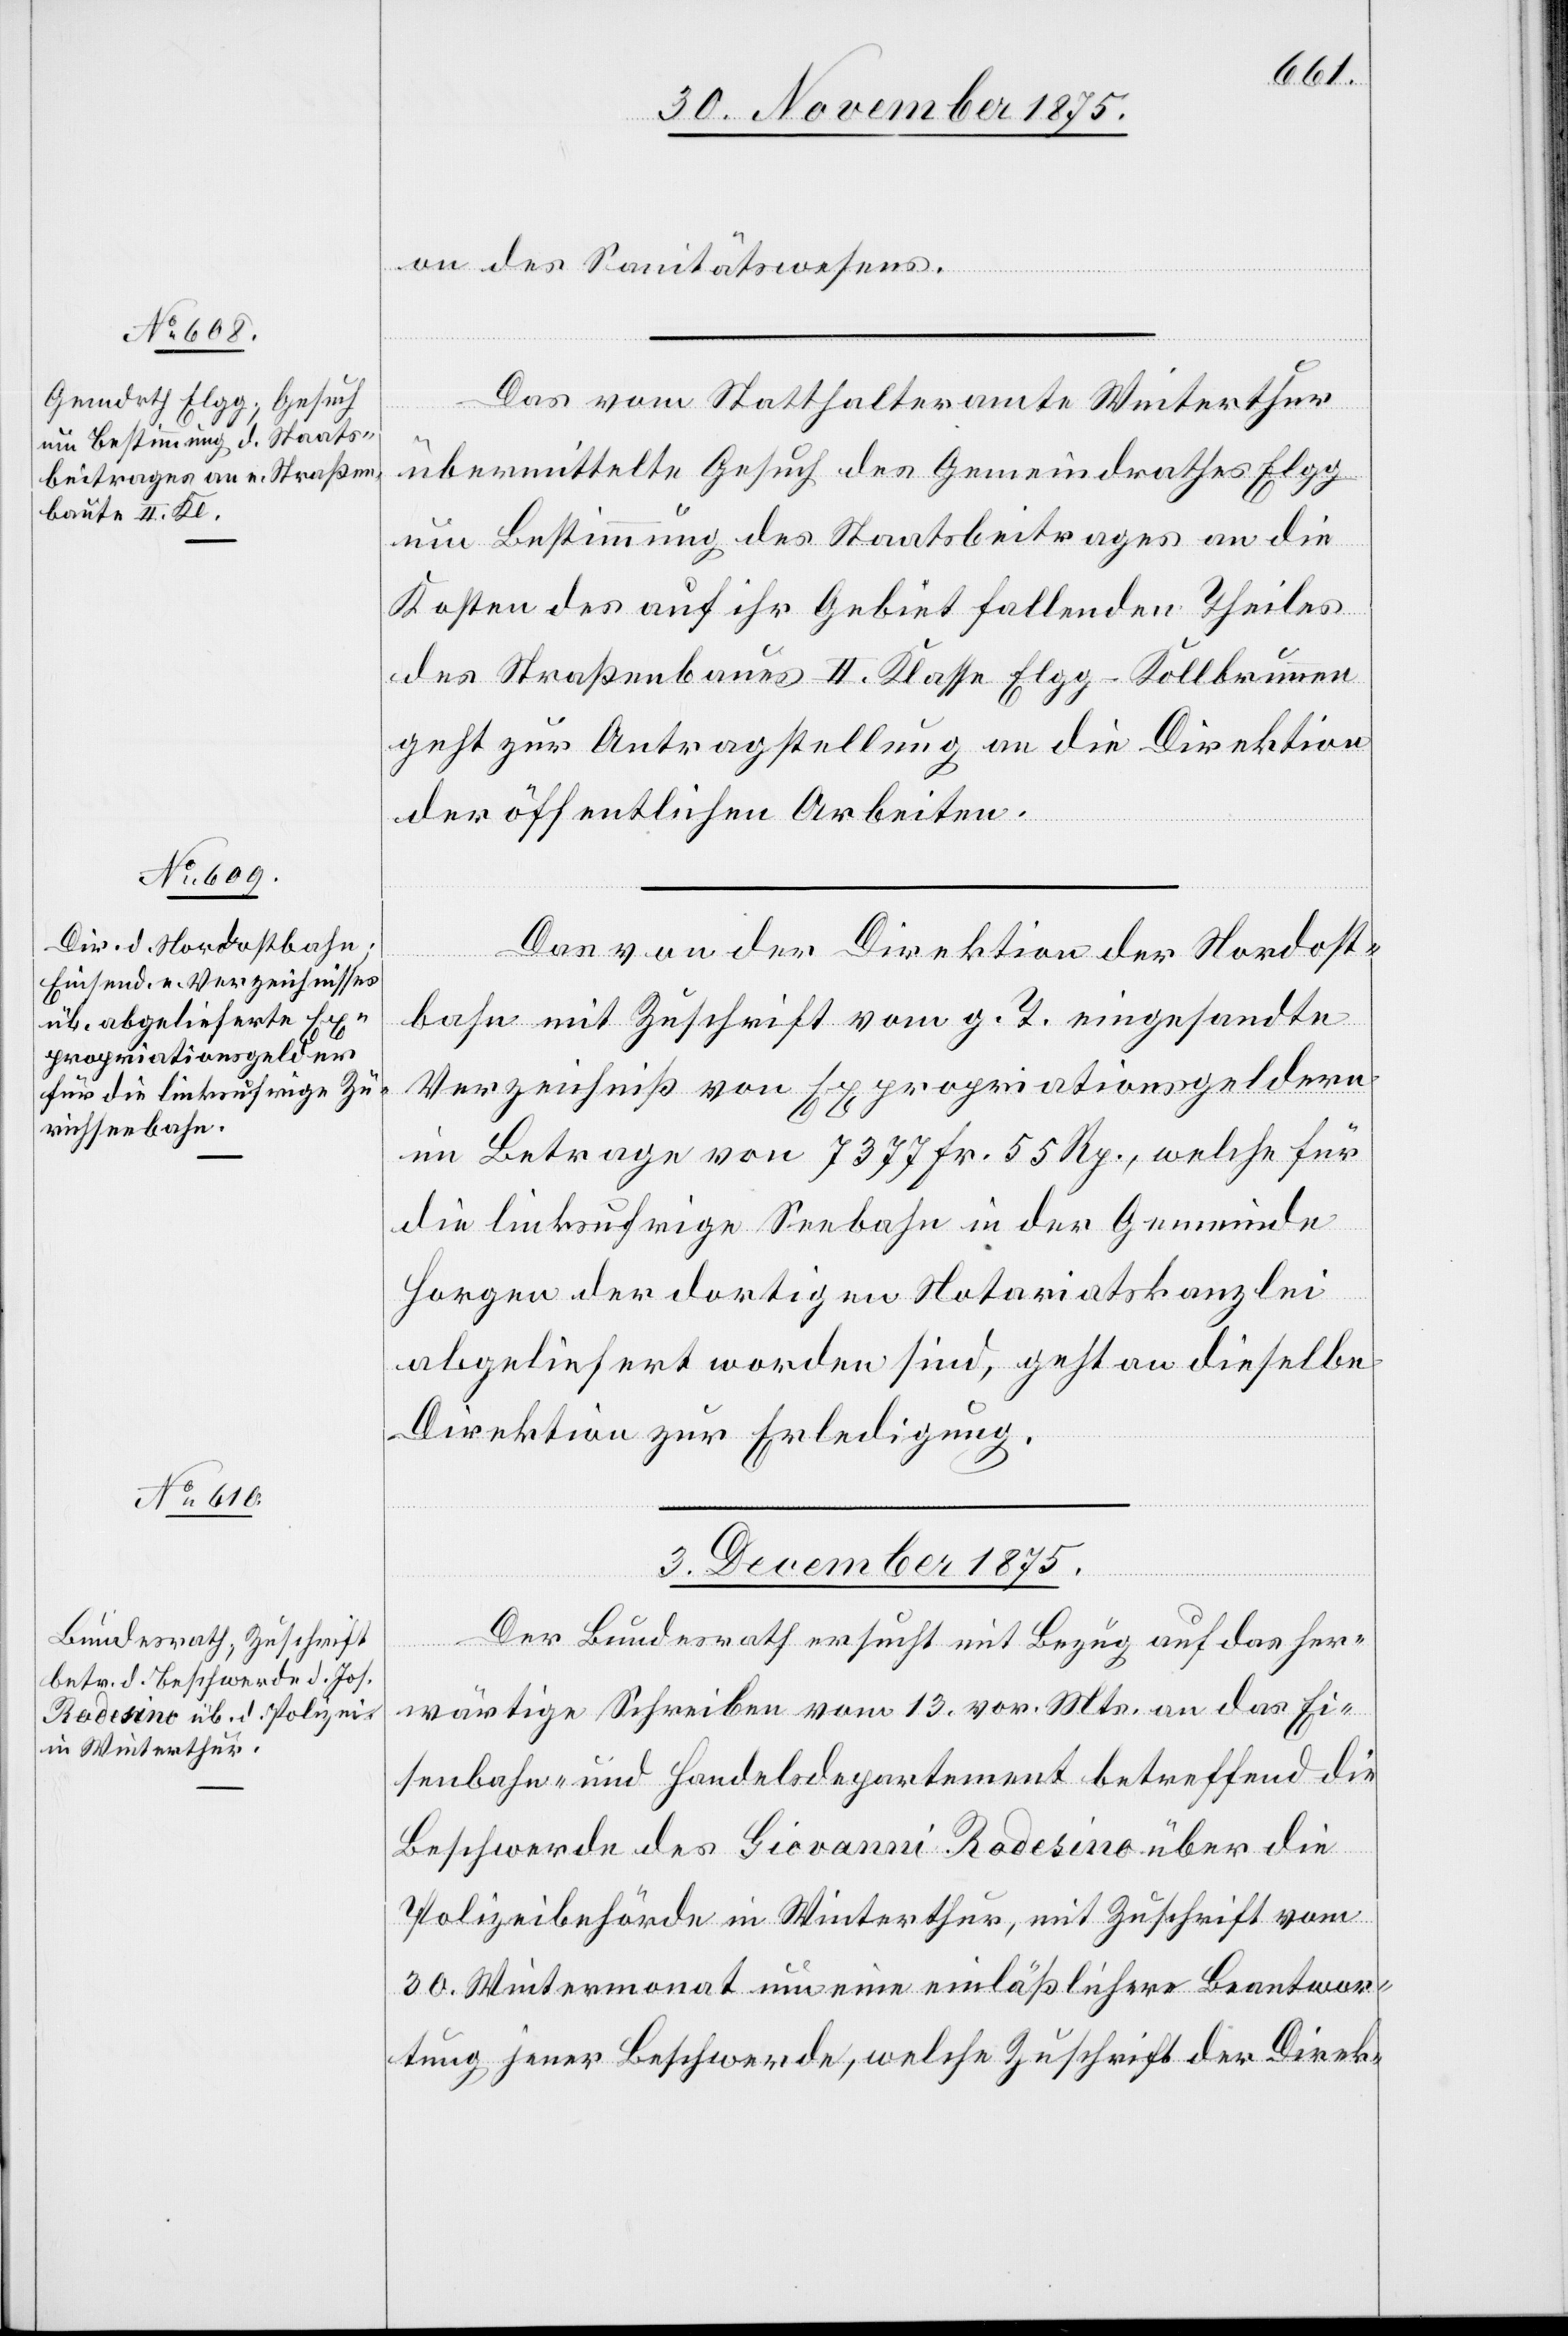
on des Sanitätswesens.
Das vom Statthalteramte Winterthur
übermittelte Gesuch des Gemeindrathes Elgg
um Bestimmung des Staatsbeitrages an die
Kosten des auf ihr Gebiet fallenden Theiles
des Straßenbaues II. Klasse Elgg–Kollbrunnen
geht zur Antragstellung an die Direktion
der öffentlichen Arbeiten.
Das von der Direktion der Nordost¬
bahn mit Zuschrift vom g. T. eingesandte
Verzeichniß von Expropriationsgeldern
im Betrage von 7377 Fr. 55 Rp., welche für
die linksufrige Seebahn in der Gemeinde
Horgen der dortigen Notariatskanzlei
abgeliefert worden sind, geht an dieselbe
Direktion zur Erledigung.
3. December 1875.
Der Bundesrath ersucht mit Bezug auf das her¬
wärtige Schreiben vom 13. vor. Mts. an das Ei¬
senbahn- und Handelsdepartement betreffend die
Beschwerde des Giovanni Rodesino über die
Polizeibehörde in Winterthur, mit Zuschrift vom
30. Wintermonat um eine einläßlichere Beantwor¬
tung jener Beschwerde, welche Zuschrift der Direk-